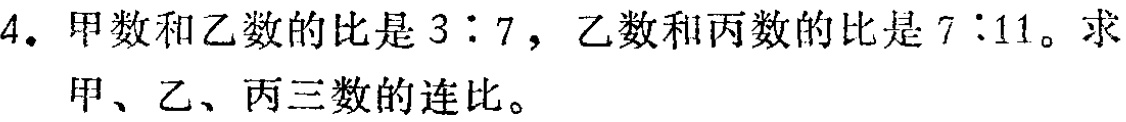
4. 甲数和乙数的比是 \(3:7\)，乙数和丙数的比是 \(7:11\)。求甲、乙、丙三数的连比。